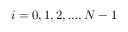
i = 0 , 1 , 2 , . . . , N - 1